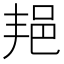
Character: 邫